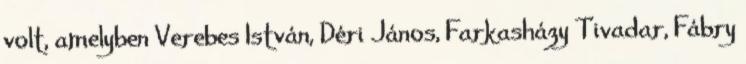
volt, amelyben Verebes István, Déri János, Farkasházy Tivadar, Fábry